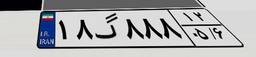
۱۸گ۸۸۸۱۲